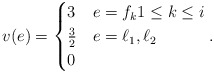
\begin{align*} v(e) = \begin{cases} 3 &e = f_k 1\leq k \leq i \\ \frac{3}{2} &e = \ell_1,\ell_2 \\ 0 & \end{cases}.\end{align*}